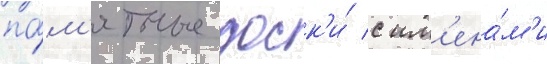
па́м'ятные доск'и́ с им'ена́м'и